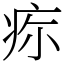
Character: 𤵜